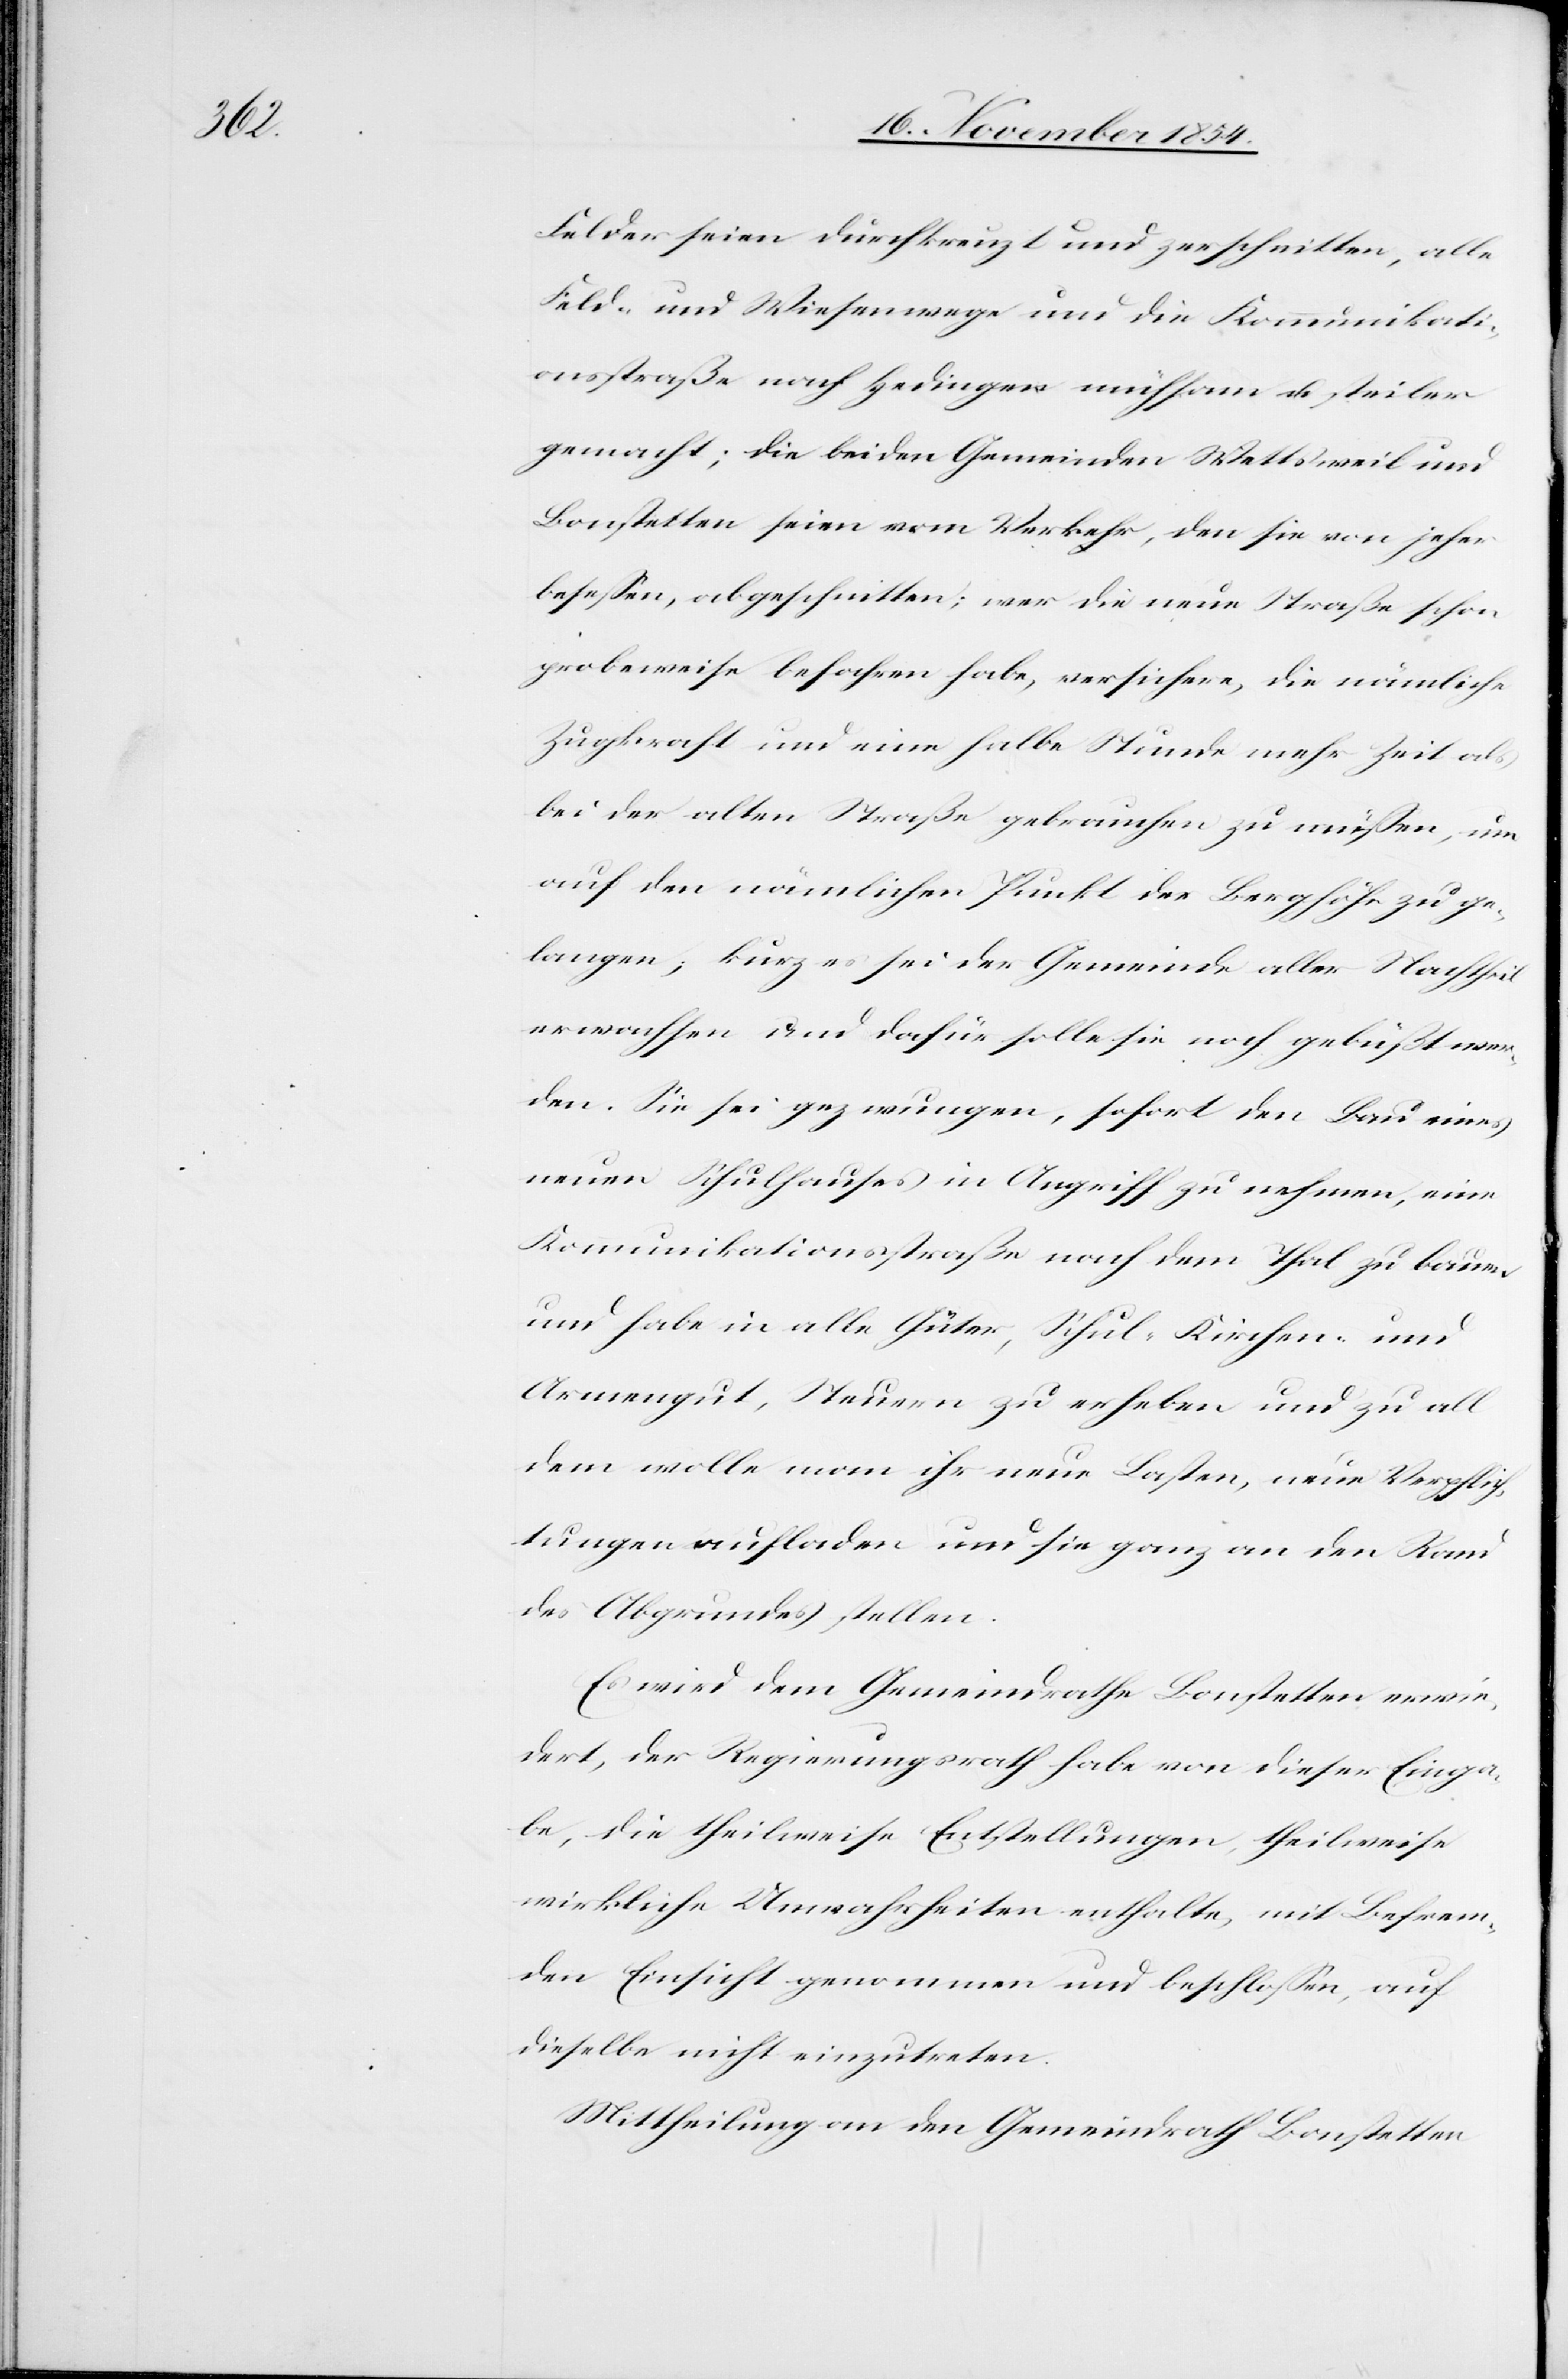
Felder seien durchkreuzt und zerschnitten, alle
Feld- und Wiesenwege und die Kommunikati¬
onsstraße nach Hedingen mühsam u. steiler
gemacht; die beiden Gemeinden Wettsweil und
Bonstetten seien vom Verkehr, den sie von jeher
beseßen, abgeschnitten; wer die neue Straße schon
probeweise befahren habe, versichere, die nämliche
Zugkraft und eine halbe Stunde mehr Zeit als
bei der alten Straße gebrauchen zu müßen, um
auf den nämlichen Punkt der Berghöhe zu ge¬
langen; kurz es sei der Gemeinde aller Nachtheil
erwachsen und dafür solle sie noch gebüßt wer¬
den. Sie sei gezwungen, sofort den Bau eines
neuen Schulhauses in Angriff zu nehmen, eine
Kommunikationsstraße nach dem Thal zu bauen
und habe in alle Güter, Schul-[,] Kirchen- und
Armengut, Steuern zu erheben und zu all
dem wolle man ihr neue Verpflichtungen aufladen und sie
des Abgrundes stellen.
Es wird dem Gemeindrathe Bonstetten erwie¬
dert, der Regierungsrath habe von dieser Einga¬
be, die theilweise Entstellungen, theilweise
wirkliche Unwahrheiten enthalte, mit Befrem¬
den Einsicht genommen und beschloßen, auf
dieselbe nicht einzutreten.
Mittheilung an den Gemeindrath Bonstetten